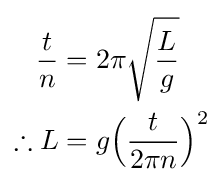
{\begin{aligned}{\frac {t}{n}}&=2\pi {\sqrt {\frac {L}{g}}}\\\therefore L&=g{\Big (}{\frac {t}{2\pi n}}{\Big )}^{2}\\\end{aligned}}